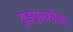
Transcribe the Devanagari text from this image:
गुइपुस्कोआ